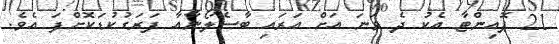
21 ޕޮއިންޓާ އެކު ދެ ވަނަ އަށް އަރައި ބާސެލޯނާއާ ފަރަގުކުޑަކޮށްފަ އެވެ.